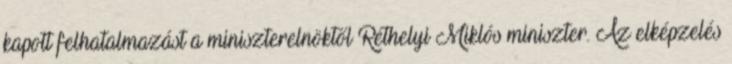
kapott felhatalmazást a miniszterelnöktől Réthelyi Miklós miniszter. Az elképzelés